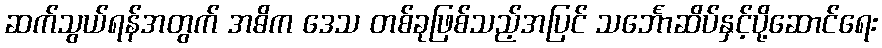
ဆက်သွယ်ရန်အတွက် အဓိက ဒေသ တစ်ခုဖြစ်သည့်အပြင် သင်္ဘောဆိပ်နှင့်ပို့ဆောင်ရေး